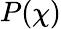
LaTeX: P(\chi)